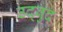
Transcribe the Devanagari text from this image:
उद्बुद